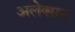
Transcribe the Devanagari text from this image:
अलेक्सन